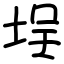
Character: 埕